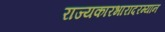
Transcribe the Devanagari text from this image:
राज्यकारभारादरम्यान